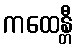
ကထေန္တီ